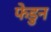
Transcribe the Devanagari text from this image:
फेडुन